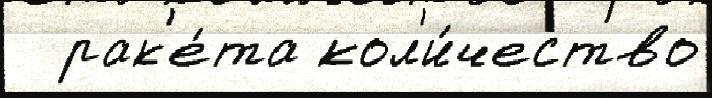
  рак'е́та кол'и́чество